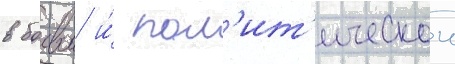
в боевои и́ пол'ит'ическои